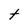
Character: t